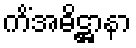
ကိံအဓိဋ္ဌာနာ